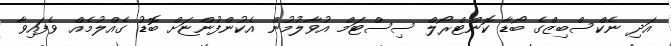
އަދި ނެކްސްބިޒްގެ ބޯޑާ ކޮންޓްރޯލް ސިސްޓަމް އުވާލުމުން އެކުންފުންޏަށް ބޮޑު ގެއްލުމެއް ވެފައިވާ